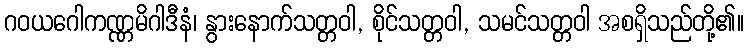
ဂဝယဂေါကဏ္ဏမိဂါဒီနံ၊ နွားနောက်သတ္တဝါ, စိုင်သတ္တဝါ, သမင်သတ္တဝါ အစရှိသည်တို့၏။